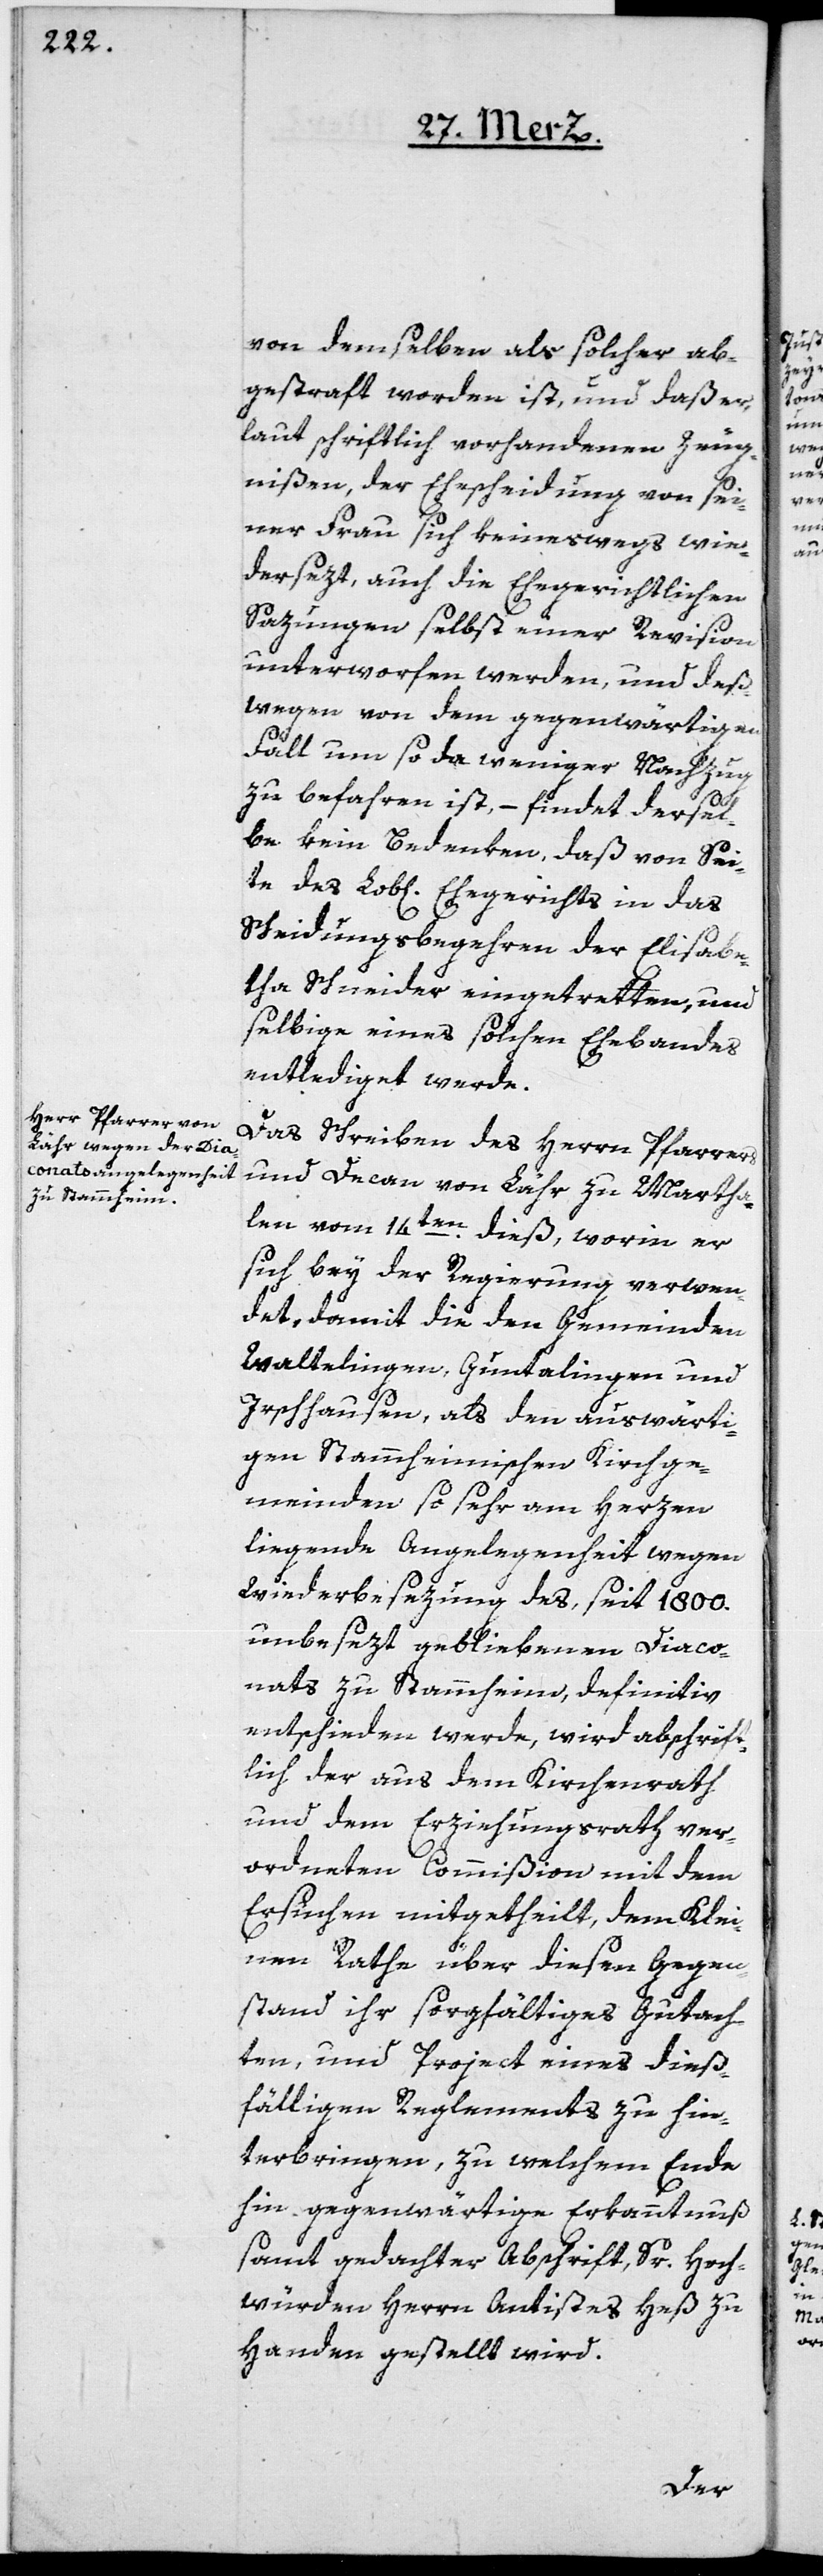
von demselben als solcher ab¬
gestraft worden ist, und daß er
laut schriftlich vorhandenen Zeug¬
nißen, der Ehescheidung von sei¬
ner Frau sich keineswegs wie¬
dersezt, auch die Ehegerichtlichen
Sazungen selbst einer Revision
unterworfen werden, und deß¬
wegen von dem gegenwärtigen
Fall um so da weniger Nachzug
zu befahren ist, – findet dersel¬
be kein Bedenken, daß von Sei¬
te des Lob[lichen] Ehegerichts in das
Scheidungsbegehren der Elisabe¬
tha Schneider eingetretten, und
selbige eines solchen Ehebandes
entlediget werde.
Das Schreiben des Herrn Pfarrers
und Decan von Lähr zu Martha¬
len vom 14ten dieß, worin er
sich bey der Regierung verwen¬
det, damit die den Gemeinden
Waltalingen, Guntalingen und
Irschhausen, als den auswärti¬
gen Stammheimischen Kirchge¬
meinden so sehr am Herzen
liegende Angelegenheit wegen
Wiederbesezung des seit 1800.
unbesezt gebliebenen Diaco¬
nats zu Stammheim, definitiv
entschieden werde, wird abschrift¬
lich der aus dem Kirchenrath
und dem Erziehungsrath ver¬
ordneten Commißion mit dem
Ersuchen mitgetheilt, dem Klei¬
nen Rathe über diesen Gegen¬
stand ihr sorgfältiges Gutach¬
ten, und Project eines dies¬
fälligen Reglements zu hin¬
terbringen, zu welchem Ende
hin gegenwärtige Erkanntnuß
samt gedachter Abschrift, Sr Hoch¬
würden Herrn Antistes Heß zu
Handen gestellt wird.